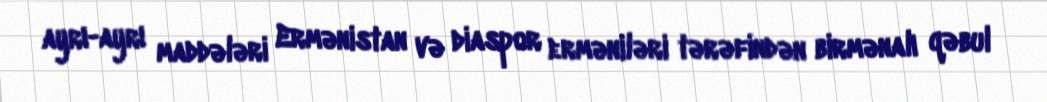
ayrı-ayrı maddələri Ermənistan və diaspor erməniləri tərəfindən birmənalı qəbul